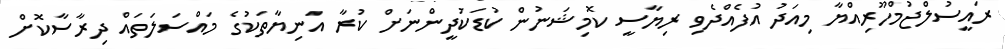
ރައީސުލްޖުމްހޫރިއްޔާ މިއަދު އުފެއްދެވި ރިޔާސީ ކޮމިޝަނުން ކުޑަކުދީންނަށް ކުރާ އަނިޔާތަކުގެ މައްސަލަތައް ދިރާސާކޮށް